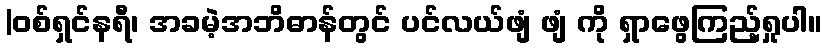
|ဝစ်ရှင်နရီ၊ အခမဲ့အဘိဓာန်တွင် ပင်လယ်ဖျံ ဖျံ ကို ရှာဖွေကြည့်ရှုပါ။